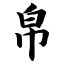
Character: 帛